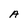
Character: A